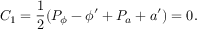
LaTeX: C _ { 1 } = { \frac { 1 } { 2 } } ( P _ { \phi } - \phi ^ { \prime } + { P _ { a } + a ^ { \prime } } ) = 0 .